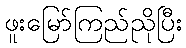
ဖူးမြော်ကြည်ညိုပြီး